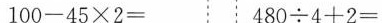
100-45×2= 480÷4+2=